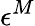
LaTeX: \epsilon^{M}